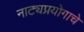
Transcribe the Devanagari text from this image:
नाट्यप्रयोगाचे